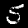
Digit: 5